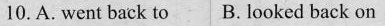
10.A. went back to B. looked back on